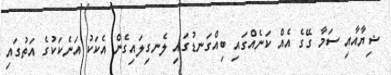
ޝިޔާއާއި ސަމާ ގޭގެ އެއް ކަނެއްގައި ބިއްގަނޑުގައި ލެނގިލައިގެން އެކަކު އަނެކަކުގެ އަތުގައި